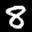
Label: 8